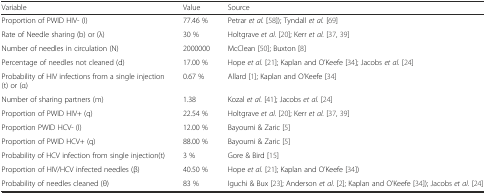
<table><thead><tr><td><b>Variable</b></td><td><b>Value</b></td><td><b>Source</b></td></tr></thead><tbody><tr><td>Proportion of PWID HIV- (I)</td><td>77.46 %</td><td>Petrar <i>et al.</i> [58]); Tyndall <i>et al.</i> [69]</td></tr><tr><td>Rate of Needle sharing (b) or (λ)</td><td>30 %</td><td>Holtgrave <i>et al.</i> [20]; Kerr <i>et al.</i> [37, 39]</td></tr><tr><td>Number of needles in circulation (N)</td><td>2000000</td><td>McClean [50]; Buxton [8]</td></tr><tr><td>Percentage of needles not cleaned (d)</td><td>17.00 %</td><td>Hope <i>et al.</i> [21]; Kaplan and O’Keefe [34]; Jacobs <i>et al.</i> [24]</td></tr><tr><td>Probability of HIV infections from a single injection (t) or (α)</td><td>0.67 %</td><td>Allard [1]; Kaplan and O’Keefe [34]</td></tr><tr><td>Number of sharing partners (m)</td><td>1.38</td><td>Kozal <i>et al.</i> [41]; Jacobs <i>et al.</i> [24]</td></tr><tr><td>Proportion of PWID HIV+ (q)</td><td>22.54 %</td><td>Holtgrave <i>et al.</i> [20]; Kerr <i>et al.</i> [37, 39]</td></tr><tr><td>Proportion PWID HCV- (I)</td><td>12.00 %</td><td>Bayoumi &amp; Zaric [5]</td></tr><tr><td>Proportion of PWID HCV+ (q)</td><td>88.00 %</td><td>Bayoumi &amp; Zaric [5]</td></tr><tr><td>Probability of HCV infection from single injection(t)</td><td>3 %</td><td>Gore &amp; Bird [15]</td></tr><tr><td>Proportion of HIV/HCV infected needles (β)</td><td>40.50 %</td><td>Hope <i>et al.</i> [21]; Kaplan and O’Keefe [34])</td></tr><tr><td>Probability of needles cleaned (θ)</td><td>83 %</td><td>Iguchi &amp; Bux [23]; Anderson <i>et al.</i> [2]; Kaplan and O’Keefe [34]); Jacobs <i>et al.</i> [24]</td></tr></tbody></table>